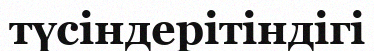
түсіндерітіндігі